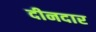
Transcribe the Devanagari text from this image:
दीनदार